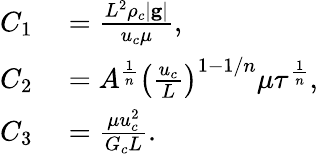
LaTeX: \begin{array}{rl}{C_{1}}&{{}=\frac{L^{2}\rho_{c}|\mathbf{g}|}{u_{c}\mu},}\\ {C_{2}}&{{}=A^{\frac{1}{n}}\left(\frac{u_{c}}{L}\right)^{1-1/n}\mu\tau^{\frac{1}{n}},}\\ {C_{3}}&{{}=\frac{\mu u_{c}^{2}}{G_{c}L}.}\end{array}